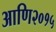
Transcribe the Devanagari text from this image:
आणि२०१५